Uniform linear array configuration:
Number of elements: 8
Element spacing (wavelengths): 0.75
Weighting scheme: exponential
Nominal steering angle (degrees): -30
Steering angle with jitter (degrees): -31.19
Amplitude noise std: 0.05
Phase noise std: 0.05

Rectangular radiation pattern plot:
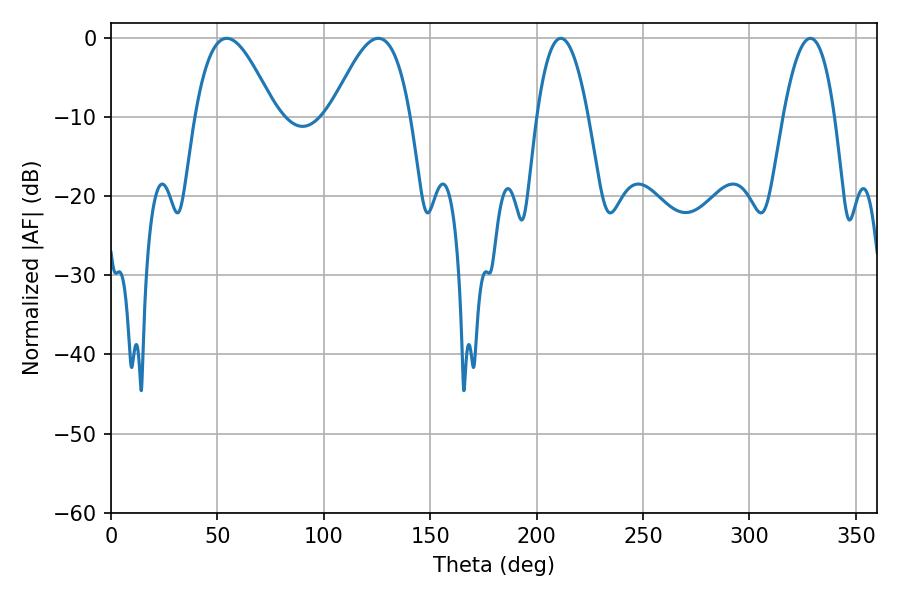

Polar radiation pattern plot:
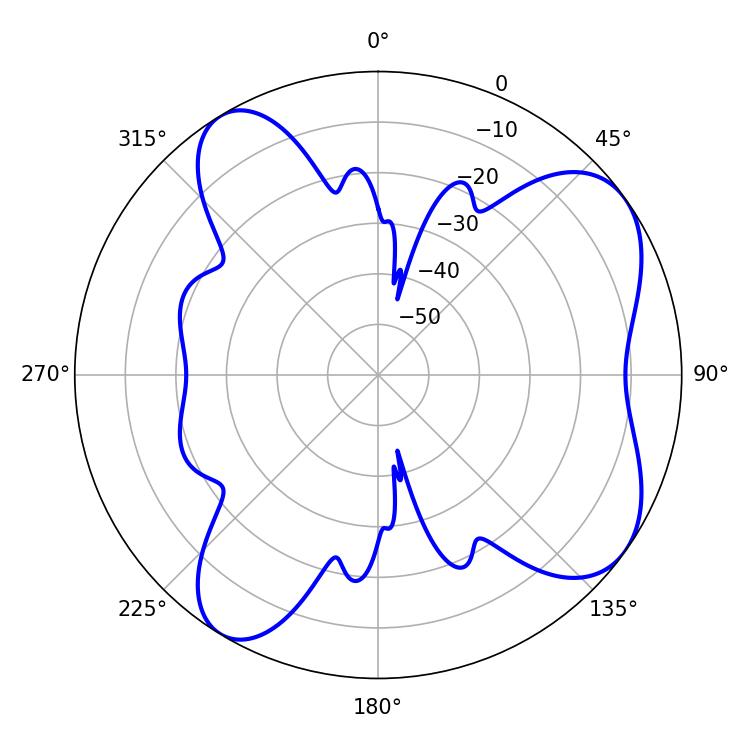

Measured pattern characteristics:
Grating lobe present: TRUE
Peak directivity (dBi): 7.041
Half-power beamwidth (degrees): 20.34
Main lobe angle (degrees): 54.36